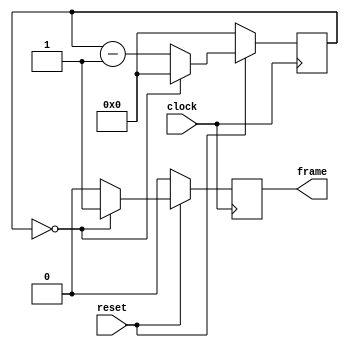
module Frame_Counter(input clock, reset, output reg frame);
	
/*********************************************************************/
/*							OUTPUT REGISTER INITIALIZATION						*/
/*********************************************************************/
	
	initial frame = 0;
	parameter RATE = 0;
	
/*********************************************************************/
/*							INTERNAL WIRES/REGISTERS								*/
/*********************************************************************/
	
	reg[22:0] Q = RATE;
	
/*********************************************************************/
/*									FRAME COUNTER										*/
/*********************************************************************/
	
	always @(posedge clock)
		begin
			if (!reset) begin
				frame <= 0;
				Q <= RATE;
			end
			else if (Q == 0) begin
				frame <= 1;
				Q <= RATE;
			end
			else begin
				frame <= 0;
				Q <= Q - 1'b1;
			end
		end
		
endmodule